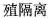
殖隔离